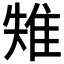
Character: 𨾤